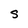
Character: s